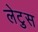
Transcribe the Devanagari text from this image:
लेटुस